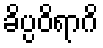
ခိပ္ပဝိရာဂိ